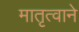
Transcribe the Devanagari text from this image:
मातृत्वाने